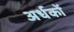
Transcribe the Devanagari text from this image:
अर्धकों